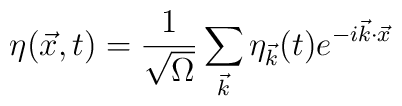
\eta(\vec{x},t) = \frac{1}{\sqrt{\Omega}}\sum_{\vec{k}} \eta_{\vec{k}}(t)e^{-i\vec{k}\cdot\vec{x}}